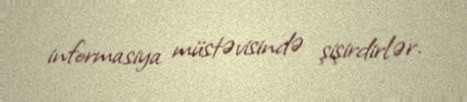
informasiya müstəvisində şişirdirlər.